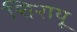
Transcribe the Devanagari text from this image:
चिरायू